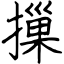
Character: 摷